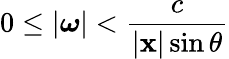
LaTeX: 0\leq|{\boldsymbol{\omega}}|<{\frac{c}{|\mathbf{x}|\sin\theta}}